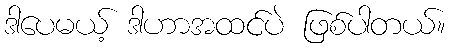
ဒါပေမယ့် ဒါဟာအထင်ပဲ ဖြစ်ပါတယ်။